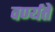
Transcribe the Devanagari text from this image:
वर्ण्यते